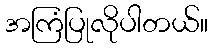
အကြံပြုလိုပါတယ်။